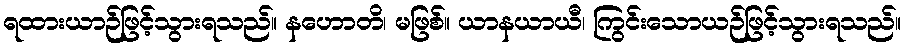
ရထားယာဉ်ဖြင့်သွားရသည်။ နဟောတိ၊ မဖြစ်။ ယာနယာယီ၊ ကြွင်းသောယဉ်ဖြင့်သွားရသည်။